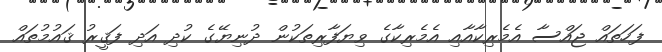
ފަހަތައް ޖައްސާ އެމެރިކާއާއި އެމެރިކާގެ ވިޔަފާރިތަކުން ދުނިޔޭގެ ކުދި އަދި ފަޤީރު ޤައުމުތައް